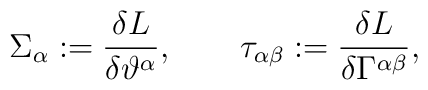
\Sigma_{\alpha}:={\delta L \over \delta\vartheta^{\alpha}},\qquad\tau_{\alpha\beta}:={\delta L \over \delta\Gamma^{\alpha\beta}},